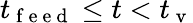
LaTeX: t_{\mathrm{~f~e~e~d~}}\leq t<t_{\mathrm{~v~}}